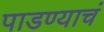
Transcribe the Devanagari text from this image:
पाडण्याचं